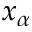
x _ { \alpha }